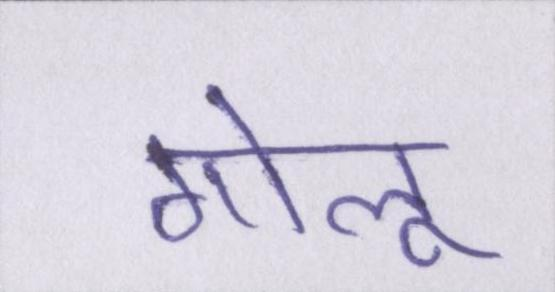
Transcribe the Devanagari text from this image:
गोलू